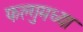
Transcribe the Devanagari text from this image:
फल्गुमध्या